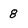
Character: 8